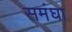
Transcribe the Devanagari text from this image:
समंघा